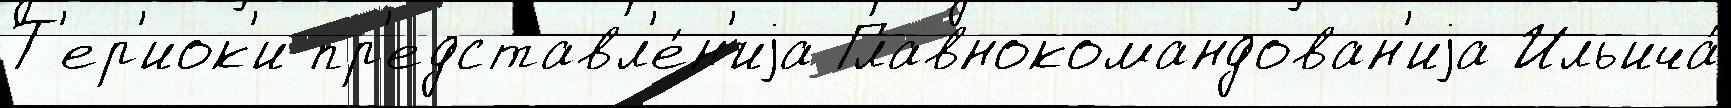
Т'ер'иок'и пр'едставл'е́н'иjа Главнокомандован'иjа Ильича́